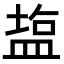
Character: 𥂁